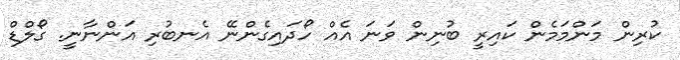
ކުރިން މަންމަމެން ކައިރީ ބުނިން ވަނަ އެއް ހޯދައިގެންނޭ އެނބުރި އަންނާނީ. ގޯލްޑް